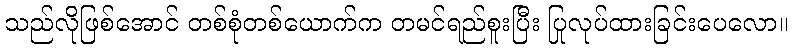
သည်လိုဖြစ်အောင် တစ်စုံတစ်ယောက်က တမင်ရည်စူးပြီး ပြုလုပ်ထားခြင်းပေလော။